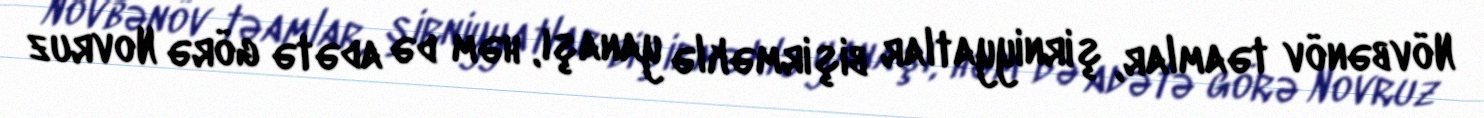
Növbənöv təamlar, şirniyyatlar bişirməklə yanaşı, həm də adətə görə Novruz